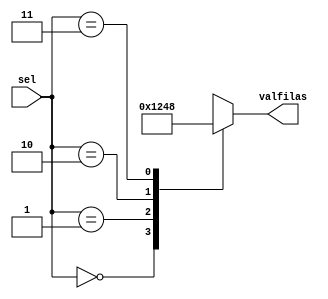
module selector_filas_key
	(
	 input [1:0] sel,
	 output reg [3:0] valfilas
	);
	
	always @(*)
	case (sel)
		2'b00: valfilas = 4'b0001;
		2'b01: valfilas = 4'b0010;
		2'b10: valfilas = 4'b0100;
		2'b11: valfilas = 4'b1000;
	endcase
endmodule